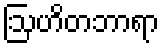
ဩဟိတဘာရာ